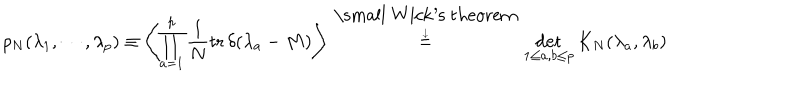
LaTeX: \rho _ { N } ( \lambda _ { 1 } , \cdots , \lambda _ { p } ) \equiv \left\langle \prod _ { a = 1 } ^ { p } \frac { 1 } { N } \mathrm { t r } \, \delta ( \lambda _ { a } - M ) \right\rangle \stackrel { \mathrm { \small ~ W i c k ^ { \prime } s ~ t h e o r e m } \atop { \downarrow } } { = } \det _ { 1 \leq a , b \leq p } K _ { N } ( \lambda _ { a } , \lambda _ { b } )